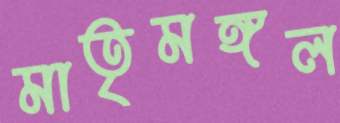
মাতৃমঙ্গল